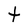
Character: t